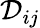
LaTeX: \mathcal{D}_{ij}